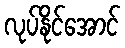
လုပ်နိုင်အောင်